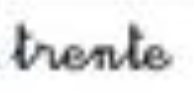
trente